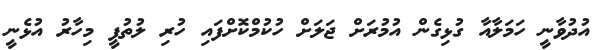
އުދުވާނީ ހަމަލާއާ ގުޅިގެން އުމުރަށް ޖަލަށް ހުކުމްކޮށްފައި ހުރި ލުތުފީ މިހާރު އުޅެނީ